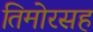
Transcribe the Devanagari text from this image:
तिमोरसह